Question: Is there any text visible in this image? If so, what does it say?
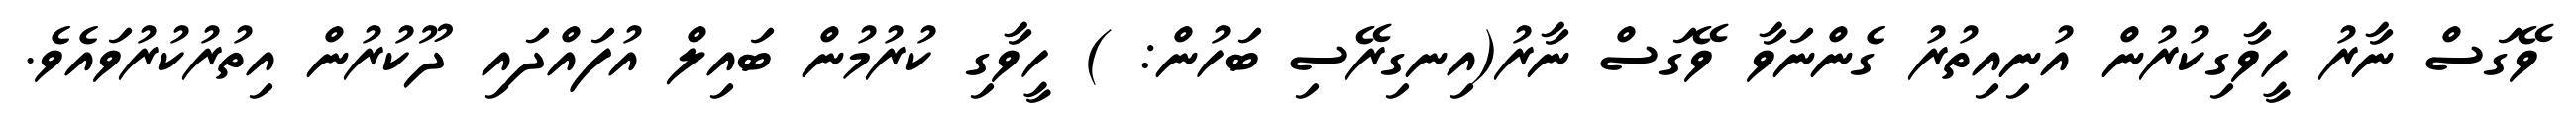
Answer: ވޭގަސް ނާރު ހީވާގިކުރުން އުނިއިތުރު ގެންނަވާ ވޭގަސް ނާރު(އިނގިރޭސި ބަހުން: ) ހީވާގި ކުރުމުން ބައިލް އުފައްދައި ދޫކުރުން އިތުރުކުރުވައެވެ.